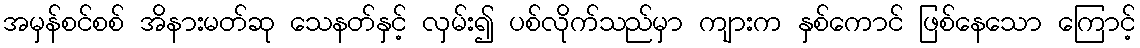
အမှန်စင်စစ် အိနားမတ်ဆု သေနတ်နှင့် လှမ်း၍ ပစ်လိုက်သည်မှာ ကျားက နှစ်ကောင် ဖြစ်နေသော ကြောင့်